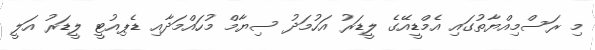
މި ރަސްމިއްޔާތުގައި އެމްޑީއޭގެ ލީޑަރު އަހުމަދު ސިޔާމް މުހައްމަދާއި ޑެޕިއުޓީ ލީޑަރު އަލީ